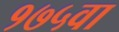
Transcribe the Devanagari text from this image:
१७५वा